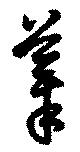
摹